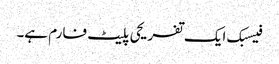
فیسبک ایک تفریحی پلیٹ فارم ہے۔